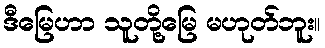
ဒီမြေဟာ သူတို့မြေ မဟုတ်ဘူး။